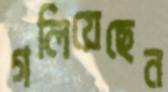
গলিয়েছেন